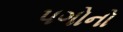
પગોનો